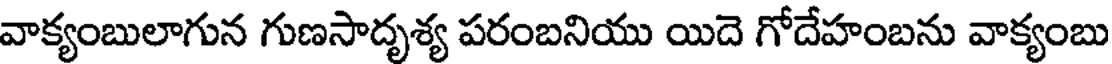
వాక్యంబులాగున గుణసాదృశ్య పరంబనియు యిదె గోదేహంబను వాక్యంబు